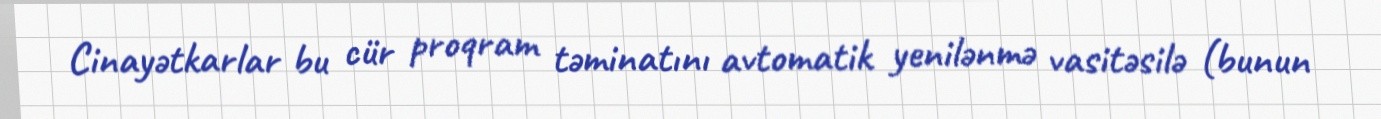
Cinayətkarlar bu cür proqram təminatını avtomatik yenilənmə vasitəsilə (bunun